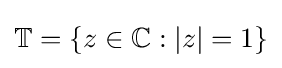
\mathbb {T} =\{z\in \mathbb {C} :|z|=1\}